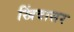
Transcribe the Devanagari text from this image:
खिंवासर